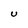
Character: U